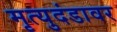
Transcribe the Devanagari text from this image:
मृत्युदंडावर